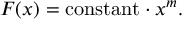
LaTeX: F ( x ) = \mathrm { c o n s t a n t } \cdot x ^ { m } .